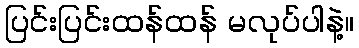
ပြင်းပြင်းထန်ထန် မလုပ်ပါနဲ့။